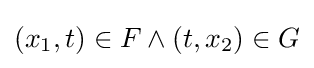
(x_{1},t)\in F\land (t,x_{2})\in G